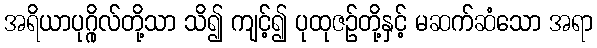
အရိယာပုဂ္ဂိုလ်တို့သာ သိ၍ ကျင့်၍ ပုထုဇဉ်တို့နှင့် မဆက်ဆံသော အရာ